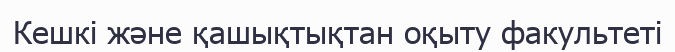
Кешкі және қашықтықтан оқыту факультеті